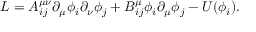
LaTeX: { \cal { L } } = { \cal { A } } _ { i j } ^ { \mu \nu } \partial _ { \mu } \phi _ { i } \partial _ { \nu } \phi _ { j } + { \cal { B } } _ { i j } ^ { \mu } \phi _ { i } \partial _ { \mu } \phi _ { j } - U ( \phi _ { i } ) .